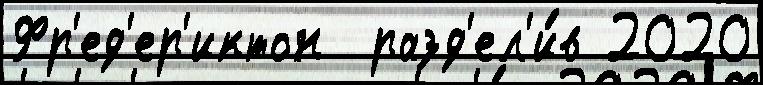
Фр'ед'ер'иктон  разд'ел'и́в 2020